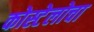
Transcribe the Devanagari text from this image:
कोस्टेलोचा